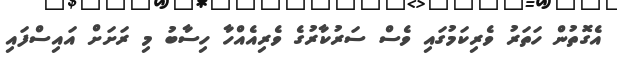
އެގޮތުން ހަތަރު ވެރިކަމުގައި ވެސް ސަރުކާރުގެ ވެރިއެއްހާ ހިސާބު މި ރަށަށް އައިސްފައި